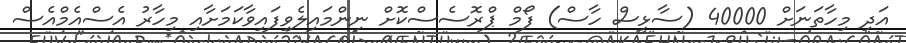
އަދި މިހާތަނަށް 40000 (ސާޅީސް ހާސް) ފޯމް ޕްރޮސެސްކޮށް ނިންމައިލެވިފައިވާކަމަށާއި މިހާރު އެސްއެމްއެސް